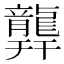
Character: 𪚜